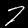
Label: 7